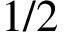
1 / 2